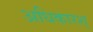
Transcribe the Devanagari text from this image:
अधिकारश्